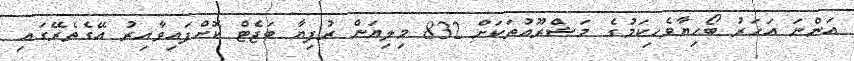
އަންނަ އަހަރު ބޯހިޔާވެހިކަމުގެ މަޝްރޫއުތަކަށް 832 މިލިޔަން ރުފިޔާ ބަޖެޓް ކޮށްފައިވާއިރު އޭގެތެރޭގައި